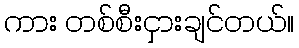
ကား တစ်စီးငှားချင်တယ်။